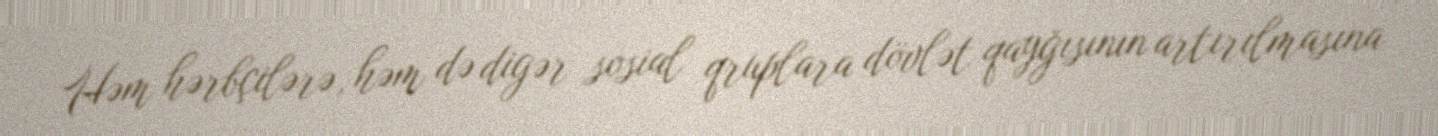
Həm hərbçilərə, həm də digər sosial qruplara dövlət qayğısının artırılmasına